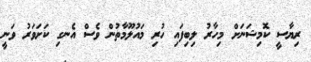
ރިޔާސީ ކޮމިޝަނަށް މިހާރު ލިބިފައި ހުރި މައުލޫމާތުން ވެސް އެނގި ކަށަވަރު ވަނީ